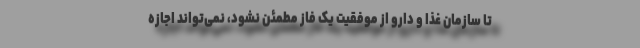
تا سازمان غذا و دارو از موفقیت یک فاز مطمئن نشود، نمی‌تواند اجازه